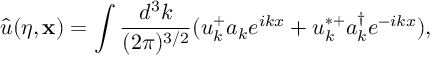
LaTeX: { \hat { u } } ( \eta , { \bf x } ) = \int \frac { d ^ { 3 } k } { ( 2 \pi ) ^ { 3 / 2 } } ( u _ { k } ^ { + } a _ { k } e ^ { i k x } + u _ { k } ^ { * + } a _ { k } ^ { \dagger } e ^ { - i k x } ) ,